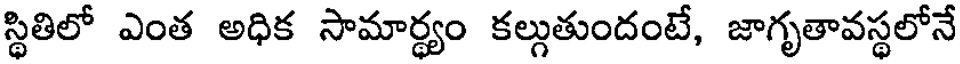
స్థితిలో ఎంత అధిక సామార్థ్యం కల్గుతుందంటే, జాగృతావస్థలోనే